Assam Mental Hospital (Tezpur, India) - 1933-1948
Year: 1933
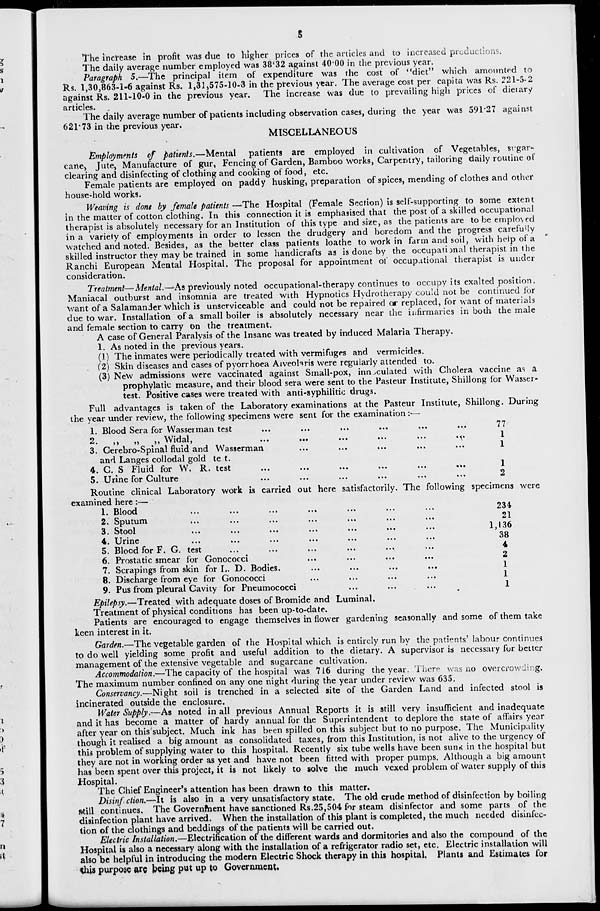
5
The increase in profit was due to higher prices of the articles and to increased productions.
The daily average number employed was 38.32 against 40.00 in the previous year.
Paragraph 5.—The principal item of expenditure was the cost of "diet" which amounted to
Rs. 1,30,863-1-6 against Rs. 1,31,575-10-3 in the previous year. The average cost per capita was Rs. 221-5-2
against Rs. 211-10-0 in the previous year. The increase was due to prevailing high prices of dietary
articles.
The daily average number of patients including observation cases, during the year was 591.27 against
621.73 in the previous year.
MISCELLANEOUS
Employments of patients.—Mental patients are employed in cultivation of Vegetables, sugar-
cane, Jute, Manufacture of gur, Fencing of Garden, Bamboo works, Carpentry, tailoring daily routine of
clearing and disinfecting of clothing and cooking of food, etc.
Female patients are employed on paddy husking, preparation of spices, mending of clothes and other
house-hold works.
Weaving is done by female patients —The Hospital (Female Section) is self-supporting to some extent
in the matter of cotton clothing. In this connection it is emphasised that the post of a skilled occupational
therapist is absolutely necessary for an Institution of this type and size, as the patients are to be employed
in a variety of employments in order to lessen the drudgery and boredom and the progress carefully
watched and noted. Besides, as the better class patients loathe to work in farm and soil, with help of a
skilled instructor they may be trained in some handicrafts as is done by the occupational therapist in the
Ranchi European Mental Hospital. The proposal for appointment of occupational therapist is under
consideration.
Treatment—Mental.—As previously noted occupational-therapy continues to occupy its exalted position.
Maniacal outburst and insomnia are treated with Hypnotics Hydrotherapy could not be continued for
want of a Salamander which is unserviceable and could not be repaired or replaced, for want of materials
due to war. Installation of a small boiler is absolutely necessary near the infirmaries in both the male
and female section to carry on the treatment.
A case of General Paralysis of the Insane was treated by induced Malaria Therapy.
1. As noted in the previous years.
(1) The inmates were periodically treated with vermifuges and vermicides.
(2) Skin diseases and cases of pyorrhoea Alveolaris were regularly attended to.
(3) New admissions were vaccinated against Small-pox, innoculated with Cholera vaccine as a
prophylatic measure, and their blood sera were sent to the Pasteur Institute, Shillong for Wasser-
test. Positive cases were treated with anti-syphilitic drugs.
Full advantages is taken of the Laboratory examinations at the Pasteur Institute, Shillong. During
the year under review, the following specimens were sent for the examination :—
1.
2.
3.
4.
5.
Blood Sera for Wasserman test ... ... ... ... ... ...
„
„
„
Widal,
...
...
...
...
...
...
Cerebro-Spinal fluid and Wasserman ... ... ... ... ... ...
and Langes collodal gold test.
C. S. Fluid for W. R. test ... ... ... ... ... ...
Urine for Culture ... ... ... ... ... ...
77
1
1
1
2
Routine clinical Laboratory work is carried out here satisfactorily. The following specimens were
examined here :—
1.
2.
3.
4.
5.
6.
7.
8.
9.
Blood
...
...
...
... ... ... ...
Sputum
... ... ... ... ... ... ...
Stool
...
...
...
...
... ... ...
Urine
...
...
...
...
...
...
...
Blood for F. G. test ... ... ... ... ... ...
Prostatic smear for Gonococci ... ... ... ...
Scrapings from skin for L. D. Bodies. ... ... ... ...
Discharge from eye for Gonococci ... ... ... ...
Pus from pleural Cavity for Pneumococci ... ... ...
234
21
1,136
38
4
2
1
1
1
Epilepsy.—Treated with adequate doses of Bromide and Luminal.
Treatment of physical conditions has been up-to-date.
Patients are encouraged to engage themselves in flower gardening seasonally and some of them take
keen interest in it.
Garden.—The vegetable garden of the Hospital which is entirely run by the patients' labour continues
to do well yielding some profit and useful addition to the dietary. A supervisor is necessary for better
management of the extensive vegetable and sugarcane cultivation.
Accommodation.—The capacity of the hospital was 716 during the year. There was no overcrowding.
The maximum number confined on any one night during the year under review was 635.
Conservancy.—-Night soil is trenched in a selected site of the Garden Land and infected stool is
incinerated outside the enclosure.
Water Supply.—As noted in all previous Annual Reports it is still very insufficient and inadequate
and it has become a matter of hardy annual for the Superintendent to deplore the state of affairs year
after year on this subject. Much ink has been spilled on this subject but to no purpose. The Municipality
though it realised a big amount as consolidated taxes, from this Institution, is not alive to the urgency of
this problem of supplying water to this hospital. Recently six tube wells have been sunk in the hospital but
they are not in working order as yet and have not been fitted with proper pumps. Although a big amount
has been spent over this project, it is not likely to solve the much vexed problem of water supply of this
Hospital.
The Chief Engineer's attention has been drawn to this matter.
Disinfection.—It is also in a very unsatisfactory state. The old crude method of disinfection by boiling
till continues. The Government have sanctioned Rs.25,504 for steam disinfector and some parts of the
disinfection plant have arrived. When the installation of this plant is completed, the much needed disinfec-
tion of the clothings and beddings of the patients will be carried out.
Electric Installation.—Electrification of the different wards and dormitories and also the compound of the
Hospital is also a necessary along with the installation of a refrigerator radio set, etc. Electric installation will
also be helpful in introducing the modern Electric Shock therapy in this hospital. Plants and Estimates for
this purpose are being put up to Government.